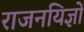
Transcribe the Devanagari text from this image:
राजनयिज्ञों